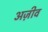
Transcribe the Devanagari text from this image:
अज़ीव